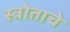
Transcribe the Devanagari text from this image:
स्त्रोताचे